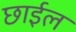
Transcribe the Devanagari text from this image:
छार्इल